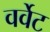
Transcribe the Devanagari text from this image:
वर्वेट